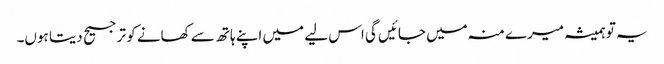
یہ تو ہمیشہ میرے منہ میں جائیں گی اس لیے میں اپنے ہاتھ سے کھانے کو ترجیح دیتا ہوں۔